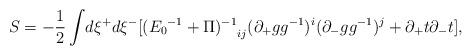
\begin{align*}S = -\frac{1}{2}\int\!d\xi^{+}d\xi^{-}[{({E_0}^{-1} + \Pi)^{-1}}_{ij}(\partial_{+}g g^{-1})^i (\partial_{-}g g^{-1})^j + \partial_{+}t \partial_{-}t],\end{align*}